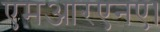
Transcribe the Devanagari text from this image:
एमआरएनए।